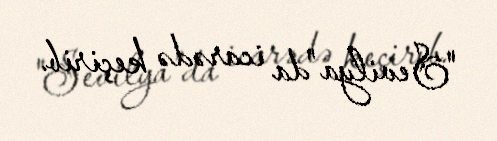
"Sevilya"da icarədə keçirib.